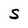
Character: S